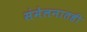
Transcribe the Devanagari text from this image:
संमेलनातही